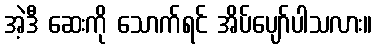
အဲ့ဒီ ဆေးကို သောက်ရင် အိပ်ပျော်ပါသလား။